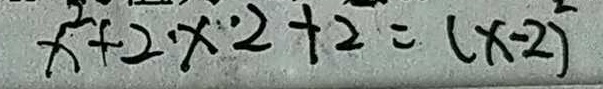
x ^ { 2 } + 2 \cdot x \cdot 2 + 2 = ( x - 2 ) ^ { 2 }